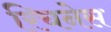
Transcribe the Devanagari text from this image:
रिचनेस